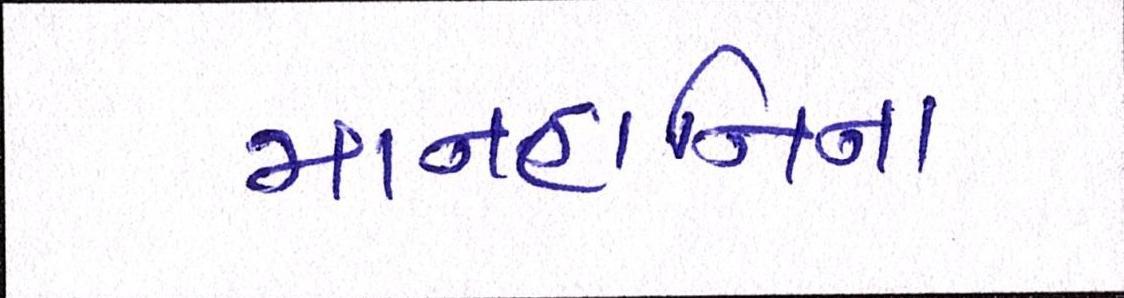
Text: માનહાનિના